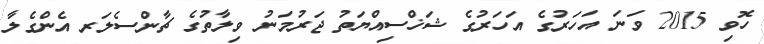
ހޮވި 2015 ވަނަ އަހަރުގެ އަހަރުގެ ޝަޚްސިއްޔަތު ޖަރުމަނު ވިލާތުގެ ޗާންސެލަރ އެންގެލާ